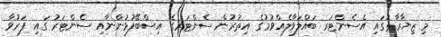
މި ޒިޔާރާތުގައި އެސެންޓަރ ބައްލަވާލެއްވުމުގެ އިތުރުން ސެންޓަރގެ އިސްބޭފުޅުންނާއި ސެންޓަރު ގައި ފަރުވާ